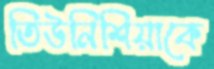
তিউনিশিয়াকে